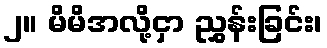
၂။ မိမိအလို့ငှာ ညွှန်းခြင်း၊